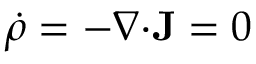
\dot { \rho } = - \boldsymbol { \nabla } \mathbf { \cdot } \mathbf { J } = 0